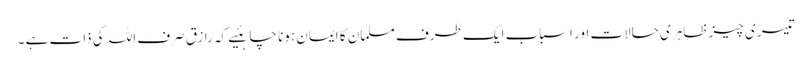
تیسری چیز ظاہری حالات اور اسباب ایک طرف مسلمان کا ایمان ہونا چاہئیے کہ رازق صرف اللہ کی ذات ہے ۔